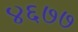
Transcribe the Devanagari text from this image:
४६७७